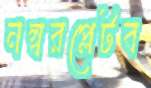
নম্বরপ্লেটব